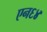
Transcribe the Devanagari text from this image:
एन६४